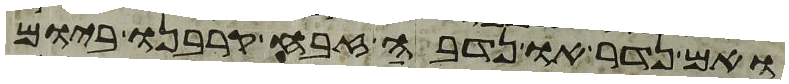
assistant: ואם נדר או נדבה זבח קרבנו ביום